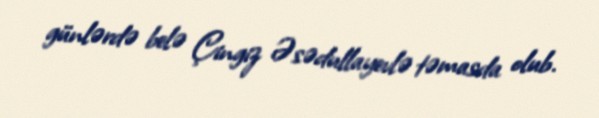
günlərdə belə Çingiz Əsədullayevlə təmasda olub.